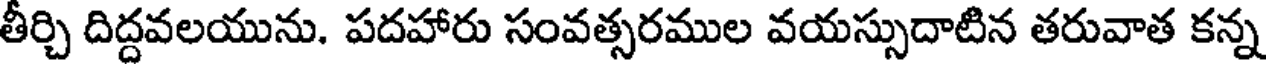
తీర్చి దిద్దవలయును. పదహారు సంవత్సరముల వయస్సుదాటిన తరువాత కన్న